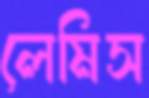
লেমিস